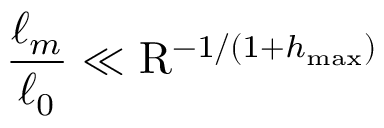
\frac { \ell _ { m } } { \ell _ { 0 } } \ll \mathrm { R } ^ { - 1 / ( 1 + h _ { \operatorname* { m a x } } ) }